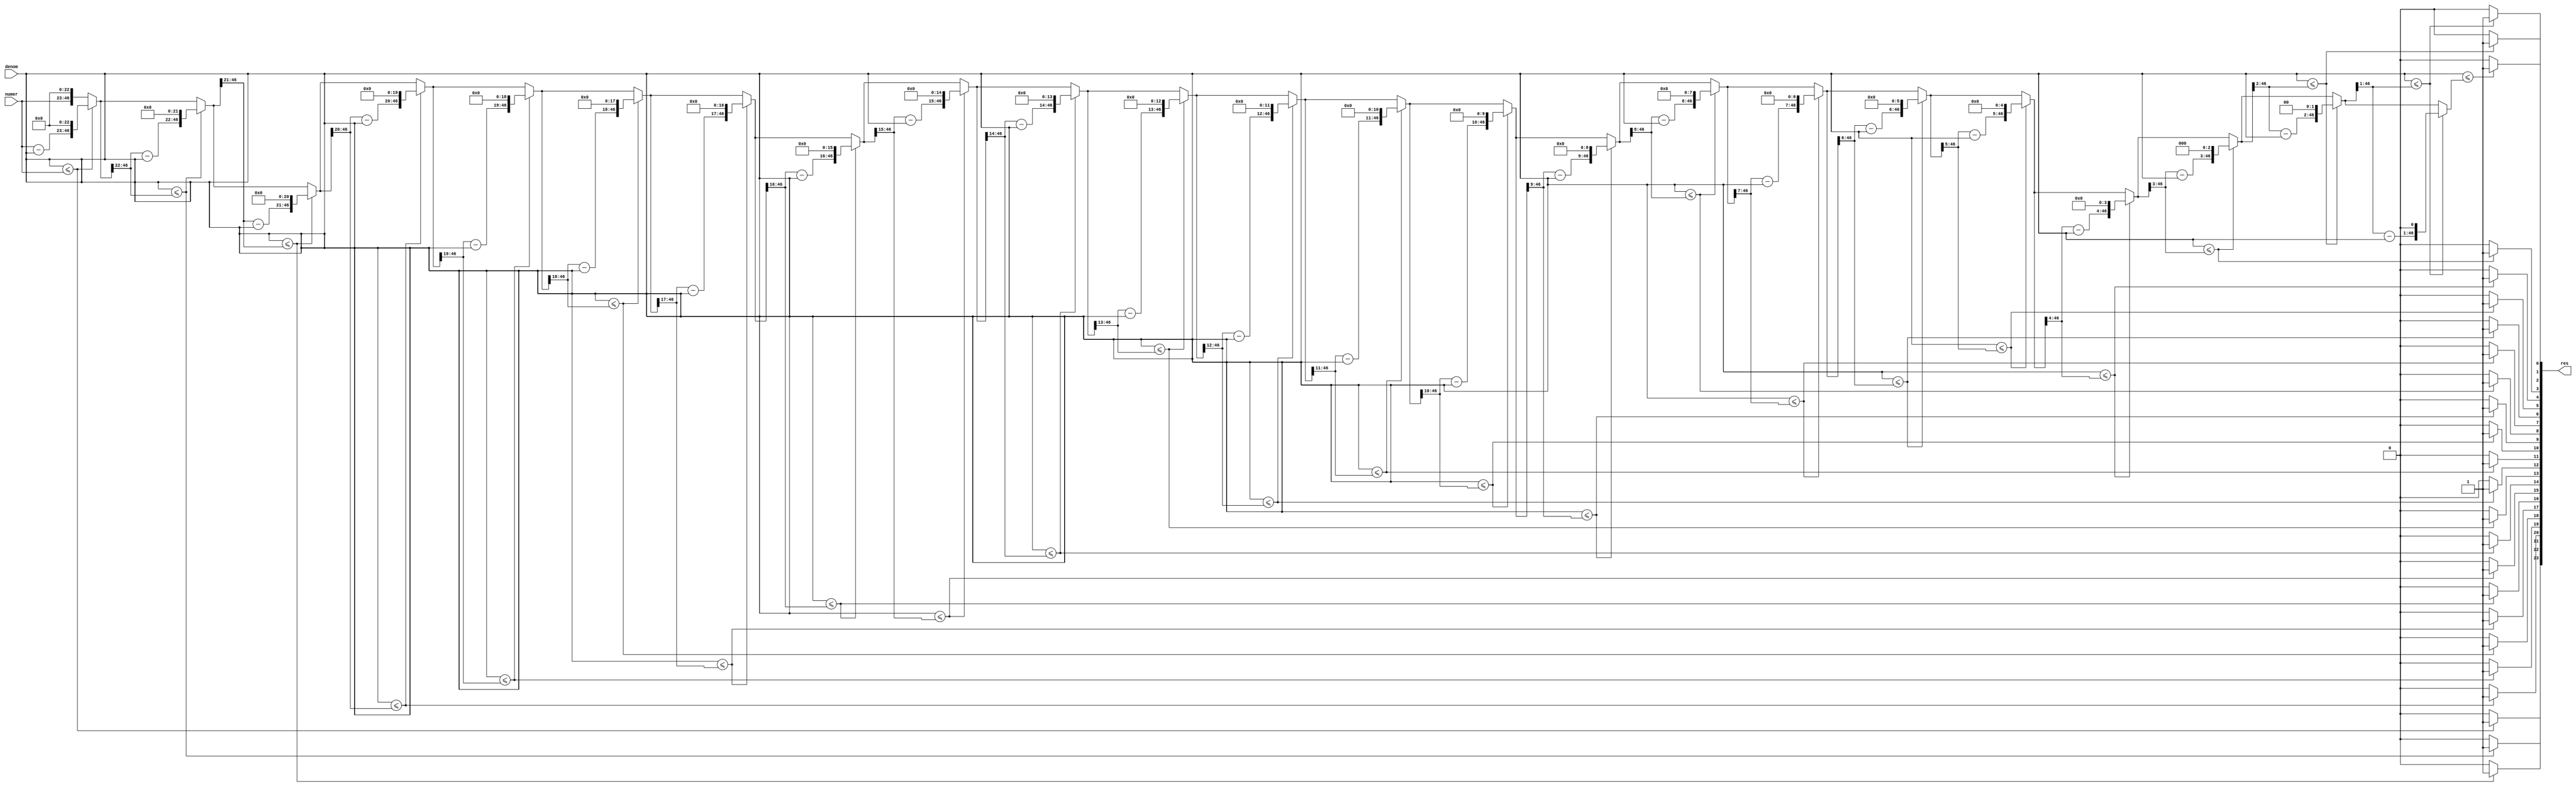
`define NWIDTH 6'b010100
`define BLOCKWIDTH 5'b01000
`define DDRWIDTH 7'b0100000
`define DDRNUMDQS 4'b0100
`define DDRSIZEWIDTH 6'b011000
`define BURSTLEN 3'b010
`define MEMCONWIDTH 8'b01000000
`define MEMCONNUMBYTES 5'b01000
`define RAMWIDTH 13'b0100000000000
`define RAMNUMBYTES 10'b0100000000
`define RAMSIZEWIDTH 5'b01000
`define TOPWIDTH 7'b0100000
`define rFIFOINPUTWIDTH 8'b01000000
`define wFIFOINPUTWIDTH 13'b0100000000000
`define mFIFOWIDTH 6'b011100
`define aFIFOWIDTH 5'b01000
`define SIMULATION_MEMORY
`define BLOCKM 9'b010000000
`define BLOCKN 9'b010000000
`define BLOCKMDIVK 3'b010
`define MEMBLOCKM 8'b01000000
`define MEMBLOCKN 8'b01000000
`define NWIDTH 6'b010100
`define BLOCKWIDTH 5'b01000
`define DDRSIZEWIDTH 6'b011000
`define RAMSIZEWIDTH 5'b01000
`define START 1'b0 //0
`define SETUP 2'b01 //1
`define FIRST 3'b010 //2
`define MODE0_SETUP 3'b011 //3
`define MODE0_WAIT 4'b0100 //4
`define MODE0 4'b0101 //5
`define MODE1_SETUP 4'b0110 //6
`define MODE1_WAIT 4'b0111 //7
`define MODE1 5'b01000 //8
`define MODE2_SETUP 5'b01001 //9
`define MODE2_WAIT 5'b01010 //10
`define MODE2 5'b01011 //11
`define MODE3_SETUP 5'b01100 //12
`define MODE3_WAIT 5'b01101 //13
`define MODE3 5'b01110 //14
`define STALL 5'b01111 //15
`define STALL_WAIT 6'b010000 //16
`define WAIT 6'b010001 //17
`define FINAL_WRITE 6'b010010 //18
`define FINAL_WAIT 6'b010011 //19
`define IDLE 6'b010100 //20
`define LAST_SETUP 6'b010101 //21
`define LAST_SETUP_WAIT 6'b010110 //22
`define LAST 6'b010111 //23
`define LAST_WAIT 6'b011000 //24
`define MEM_IDLE 1'b0 //0
`define MEM_WRITE 2'b01 //1
`define MEM_WRITE_WAIT 3'b010 //2
`define MEM_CHECK_DONE 3'b011 //3
`define MEM_READ 4'b0100 //4
`define MEM_READ_WAIT 4'b0101 //5
`define MEM_DONE 4'b0110 //6
`define MEM_WAIT_DONE 4'b0111 //7
`define rRAMSIZEWIDTH 8
`define cSETUP 4'b0000
`define cSTART 4'b0001
`define cFETCH_COL 4'b0010
`define cWAIT_COL 4'b0011
`define cFIND_REC 4'b0100
`define cMULT_COL 4'b0101
`define cUPDATE_J 4'b0110
`define cSTORE_MO 4'b0111
`define cMULT_SUB 4'b1000
`define cINCRE_I 4'b1001
`define cWAIT 4'b1010
`define cDONE 4'b1011
`define cSTORE_DIAG 4'b1100
`define cSTORE_DIAG2 4'b1101
`define cSTART_FETCH_ROW 4'b1110
`define cROW_WAIT 2'b00
`define cFETCH_ROW 2'b01
`define cDONE_FETCH_ROW 2'b10
`define cLOAD_ROW_INC_J 2'b11
`define PRECISION 7'b0100000
`define NUMPE 8'b01000000
`define PEWIDTH 4'b0110
`define BLOCKWIDTH 5'b01000
`define RAMWIDTH 13'b0100000000000
`define RAMNUMBYTES 10'b0100000000
`define RAMSIZEWIDTH 5'b01000
`define TOPSIZEWIDTH 5'b01110
`define TOPINPUTDELAY 3'b011
`define TOPOUTPUTDELAY 2'b01
`define MEMINPUTDELAY 3'b010
`define MEMOUTPUTDELAY 2'b01
`define TOPWIDTH 7'b0100000
//`define rFIFOINPUTWIDTH 64
`define rFIFOSIZE 512
`define rFIFOSIZEWIDTH 9
`define rFIFOOUTPUTWIDTH 2048
`define rFIFORSIZEWIDTH 4
	`define wFIFOINPUTWIDTH 13'b0100000000000
	`define wFIFOSIZE 6'b010000
	`define wFIFOSIZEWIDTH 4'b0100
	`define wFIFOOUTPUTWIDTH 8'b01000000
	`define wFIFORSIZEWIDTH 5'b01001
`define aFIFOSIZE 6'b010000
`define aFIFOSIZEWIDTH 4'b0100
`define aFIFOWIDTH 5'b01000
`define mFIFOSIZE 16
`define mFIFOSIZEWIDTH 4
//`define mFIFOWIDTH 28
`define BURSTLEN 3'b010
`define BURSTWIDTH 3'b010
`define DATAWIDTH 13'b0100000000000
`define DATANUMBYTES 10'b0100000000
`define MEMCONWIDTH 8'b01000000
`define MEMCONNUMBYTES 5'b01000
`define DDRSIZEWIDTH 6'b011000
`define FIFOSIZE 6'b010000
`define FIFOSIZEWIDTH 4'b0100
`define RAMWIDTH 13'b0100000000000
`define RAMNUMBYTES 10'b0100000000
`define RAMSIZEWIDTH 5'b01000
`define RATIO 7'b0100000
`define RAMLAT 4'b0101
`define dIDLE 0
`define dWRITE 1
`define dREAD 2
`define ZERO        8'b00000000  
`define ONE         8'b00000001  
`define TWO         8'b00000010  
`define THREE 		  8'b00000011  
`define FOUR		  8'b00000100  
`define FIVE		  8'b00000101  
`define SIX         8'b00000110  
`define SEVEN       8'b00000111  
`define EIGHT       8'b00001000  
`define NINE        8'b00001001  
`define TEN         8'b00001010  
`define ELEVEN      8'b00001011  
`define TWELVE      8'b00001100  
`define THIRTEEN    8'b00001101  
`define FOURTEEN    8'b00001110  
`define FIFTEEN     8'b00001111  
`define SIXTEEN     8'b00010000  
`define SEVENTEEN   8'b00010001  
`define EIGHTEEN	  8'b00010010  
`define NINETEEN    8'b00010011  
`define TWENTY		  8'b00010100  
`define TWENTYONE   8'b00010101  
`define TWENTYTWO   8'b00010110  
`define TWENTYTHREE 8'b00010111  
`define TWENTYFOUR  8'b00011000  
`define WEXP	8  
`define WSIG	23  
`define WFLAG	5  
`define WCONTROL 5  
`define DIVZERO 	0  
`define INVALID 	1  
`define INEXACT 	2  
`define OVERFLOW 	3  
`define UNDERFLOW	4  
`define WIDTH 		32 	//(`WEXP + `WSIG + 1)  
`define PRODWIDTH	48 	//(2 * (`WSIG + 1))  
`define SHIFTWIDTH	96 	//(2 * `PRODWIDTH))  
`define WPRENORM	24	// `WSIG + 1  
`define WEXPSUM		10	// `WEXP + 2  
`define BIAS		127	// (2^(`WEXP)) - 1  
`define WSIGMINUS1	22	// `WSIG - 1, used for rounding  
`define WSHIFTAMT	5	// log2(`WSIG + 1) rounded up  
`define UNDERBIAS	192	// 3 * 2 ^ (`WEXP -2)  
`define OVERBIAS	-192	// -`UNDERBIAS  
`define	EXTRASIG	25		// `WSIG+2 this is the amount of precision needed so no  
`define	SHIFT		5		// # bits the max alignment shift will fit in (log2(`WSIG+2)  
`define	MAX_EXP		8'b11111110	// the maximum non-infinite exponent,  
`define	INF_EXP		8'b11111111	// Infinity exponent, `WEXP bits, all 1  
`define	MAX_SIG		23'b11111111111111111111111  
`define	WEXP_0		8'b0		// Exponent equals `WEXP'b0  
`define	WEXP_1		8'b1		// Exponent equals one `WEXP'b1  
`define	WSIG_0		23'b0		// Significand equals zero `WSIG'b0  
`define	WSIG_1		23'b1		// Significand equals one `WSIG'b1  
`define	EXTRASIG_0	25'b0		// All result bits for adder zero `EXTRASIG'b0  
`define	MAXSHIFT	24		// `WSIG + 1  
`define CONSTNAN	{9'b111111111,22'b0}  
`define CONSTZERO	31'b0  
`define CONSTINFINITY	{8'b11111111, 23'b0}  
`define CONSTLARGEST	{`MAX_EXP, `MAX_SIG}  
`define PRESHIFTZEROS  48'b0 // `PRODWIDTH'b0  

module div_24b(numer, denom, res);  
	//input clock;  
  
	input [23:0]numer;  
	input [23:0]denom;  
	output [23:0]res;  
	reg [23:0]res;  
	  
	//Pad with 23 zeros.  
	wire [46:0]denom_pad;  
	wire [46:0]numer23; 
	reg [46:0]numer22; 
	reg [46:0]numer21; 
	reg [46:0]numer20; 
	reg [46:0]numer19; 
	reg [46:0]numer18; 
	reg [46:0]numer17; 
	reg [46:0]numer16; 
	reg [46:0]numer15; 
	reg [46:0]numer14; 
	reg [46:0]numer13; 
	reg [46:0]numer12; 
	reg [46:0]numer11; 
	reg [46:0]numer10; 
	reg [46:0]numer9; 
	reg [46:0]numer8; 
	reg [46:0]numer7; 
	reg [46:0]numer6; 
	reg [46:0]numer5; 
	reg [46:0]numer4; 
	reg [46:0]numer3; 
	reg [46:0]numer2; 
	reg [46:0]numer1;  
	reg [46:0]numer0;  
	  
	//always @ (posedge clock) begin  
	assign denom_pad = {23'b0, denom};  
	assign numer23 = {numer, 23'b0};  
	// end  
	  
	//res[23]  
	always @ (denom_pad or numer23) begin  
	  
		if (denom_pad[23:0] <= numer23[46:23]) begin 
			res[23] = 1'b1; 
			numer22 = {numer23[46:23] - denom_pad[23:0], 23'b0}; 
		end else begin 
			res[23] = 1'b0; 
			numer22 = numer23; 
		end 
 
		if (denom_pad[24:0] <= numer22[46:22]) begin 
			res[22] = 1'b1; 
			numer21 = {numer22[46:22] - denom_pad[24:0], 22'b0}; 
		end else begin 
			res[22] = 1'b0; 
			numer21 = numer22; 
		end 
 
		if (denom_pad[25:0] <= numer21[46:21]) begin 
			res[21] = 1'b1; 
			numer20 = {numer21[46:21] - denom_pad[25:0], 21'b0}; 
		end else begin 
			res[21] = 1'b0; 
			numer20 = numer21; 
		end 
 
		if (denom_pad[26:0] <= numer20[46:20]) begin 
			res[20] = 1'b1; 
			numer19 = {numer20[46:20] - denom_pad[26:0], 20'b0}; 
		end else begin 
			res[20] = 1'b0; 
			numer19 = numer20; 
		end 
 
		if (denom_pad[27:0] <= numer19[46:19]) begin 
			res[19] = 1'b1; 
			numer18 = {numer19[46:19] - denom_pad[27:0], 19'b0}; 
		end else begin 
			res[19] = 1'b0; 
			numer18 = numer19; 
		end 
 
		if (denom_pad[28:0] <= numer18[46:18]) begin 
			res[18] = 1'b1; 
			numer17 = {numer18[46:18] - denom_pad[28:0], 18'b0}; 
		end else begin 
			res[18] = 1'b0; 
			numer17 = numer18; 
		end 
 
		if (denom_pad[29:0] <= numer17[46:17]) begin 
			res[17] = 1'b1; 
			numer16 = {numer17[46:17] - denom_pad[29:0], 17'b0}; 
		end else begin 
			res[17] = 1'b0; 
			numer16 = numer17; 
		end 
 
		if (denom_pad[30:0] <= numer16[46:16]) begin 
			res[16] = 1'b1; 
			numer15 = {numer16[46:16] - denom_pad[30:0], 16'b0}; 
		end else begin 
			res[16] = 1'b0; 
			numer15 = numer16; 
		end 
 
		if (denom_pad[31:0] <= numer15[46:15]) begin 
			res[15] = 1'b1; 
			numer14 = {numer15[46:15] - denom_pad[31:0], 15'b0}; 
		end else begin 
			res[15] = 1'b0; 
			numer14 = numer15; 
		end 
 
		if (denom_pad[32:0] <= numer14[46:14]) begin 
			res[14] = 1'b1; 
			numer13 = {numer14[46:14] - denom_pad[32:0], 14'b0}; 
		end else begin 
			res[14] = 1'b0; 
			numer13 = numer14; 
		end 
 
		if (denom_pad[33:0] <= numer13[46:13]) begin 
			res[13] = 1'b1; 
			numer12 = {numer13[46:13] - denom_pad[33:0], 13'b0}; 
		end else begin 
			res[13] = 1'b0; 
			numer12 = numer13; 
		end 
 
		if (denom_pad[34:0] <= numer12[46:12]) begin 
			res[12] = 1'b1; 
			numer11 = {numer12[46:12] - denom_pad[34:0], 12'b0}; 
		end else begin 
			res[12] = 1'b0; 
			numer11 = numer12; 
		end 
 
		if (denom_pad[35:0] <= numer11[46:11]) begin 
			res[11] = 1'b1; 
			numer10 = {numer11[46:11] - denom_pad[35:0], 11'b0}; 
		end else begin 
			res[11] = 1'b0; 
			numer10 = numer11; 
		end 
 
		if (denom_pad[36:0] <= numer10[46:10]) begin 
			res[10] = 1'b1; 
			numer9 = {numer10[46:10] - denom_pad[36:0], 10'b0}; 
		end else begin 
			res[10] = 1'b0; 
			numer9 = numer10; 
		end 
 
		if (denom_pad[37:0] <= numer9[46:9]) begin 
			res[9] = 1'b1; 
			numer8 = {numer9[46:9] - denom_pad[37:0], 9'b0}; 
		end else begin 
			res[9] = 1'b0; 
			numer8 = numer9; 
		end 
 
		if (denom_pad[38:0] <= numer8[46:8]) begin 
			res[8] = 1'b1; 
			numer7 = {numer8[46:8] - denom_pad[38:0], 8'b0}; 
		end else begin 
			res[8] = 1'b0; 
			numer7 = numer8; 
		end 
 
		if (denom_pad[39:0] <= numer7[46:7]) begin 
			res[7] = 1'b1; 
			numer6 = {numer7[46:7] - denom_pad[39:0], 7'b0}; 
		end else begin 
			res[7] = 1'b0; 
			numer6 = numer7; 
		end 
 
		if (denom_pad[40:0] <= numer6[46:6]) begin 
			res[6] = 1'b1; 
			numer5 = {numer6[46:6] - denom_pad[40:0], 6'b0}; 
		end else begin 
			res[6] = 1'b0; 
			numer5 = numer6; 
		end 
 
		if (denom_pad[41:0] <= numer5[46:5]) begin 
			res[5] = 1'b1; 
			numer4 = {numer5[46:5] - denom_pad[41:0], 5'b0}; 
		end else begin 
			res[5] = 1'b0; 
			numer4 = numer5; 
		end 
 
		if (denom_pad[42:0] <= numer4[46:4]) begin 
			res[4] = 1'b1; 
			numer3 = {numer4[46:4] - denom_pad[42:0], 4'b0}; 
		end else begin 
			res[4] = 1'b0; 
			numer3 = numer4; 
		end 
 
		if (denom_pad[43:0] <= numer3[46:3]) begin 
			res[3] = 1'b1; 
			numer2 = {numer3[46:3] - denom_pad[43:0], 3'b0}; 
		end else begin 
			res[3] = 1'b0; 
			numer2 = numer3; 
		end 
 
		if (denom_pad[44:0] <= numer2[46:2]) begin 
			res[2] = 1'b1; 
			numer1 = {numer2[46:2] - denom_pad[44:0], 2'b0}; 
		end else begin 
			res[2] = 1'b0; 
			numer1 = numer2; 
		end 
 
		if (denom_pad[45:0] <= numer1[46:1]) begin 
			res[1] = 1'b1; 
			numer0 = {numer1[46:1] - denom_pad[45:0], 1'b0}; 
		end else begin 
			res[1] = 1'b0; 
			numer0 = numer1; 
		end 
  
		if (denom_pad <= numer0) begin  
			res[0] = 1'b1;  
		end else begin  
			res[0] = 1'b0;  
		end 
  
	end  
	  
endmodule